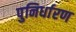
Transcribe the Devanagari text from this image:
पुनिर्धारण